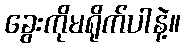
ခွေးကိုမရိုက်ပါနဲ့။